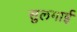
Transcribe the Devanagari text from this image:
सुलगाई